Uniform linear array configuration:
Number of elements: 64
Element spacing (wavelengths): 1
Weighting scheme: kaiser
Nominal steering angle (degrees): -15
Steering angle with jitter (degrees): -14.736
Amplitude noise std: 0.05
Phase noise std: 0.05

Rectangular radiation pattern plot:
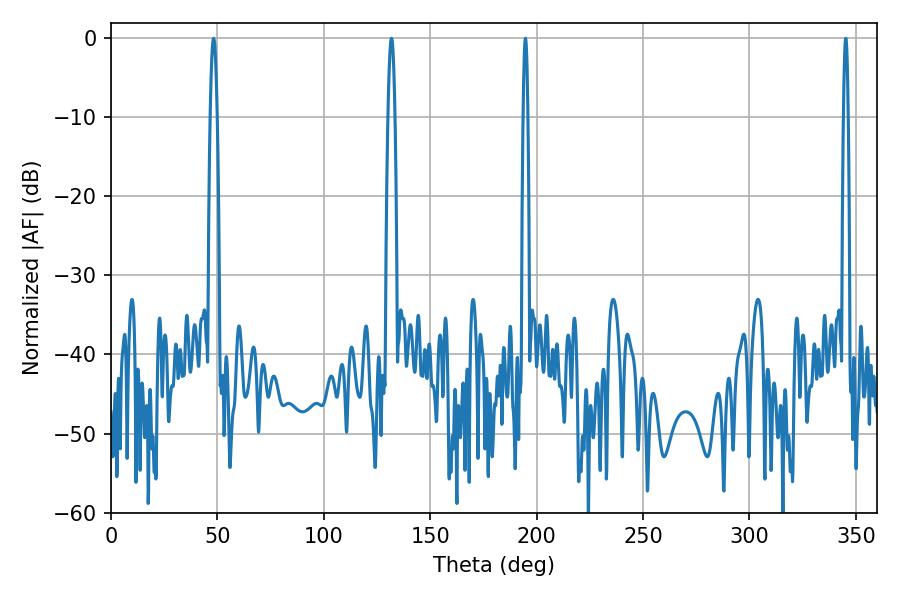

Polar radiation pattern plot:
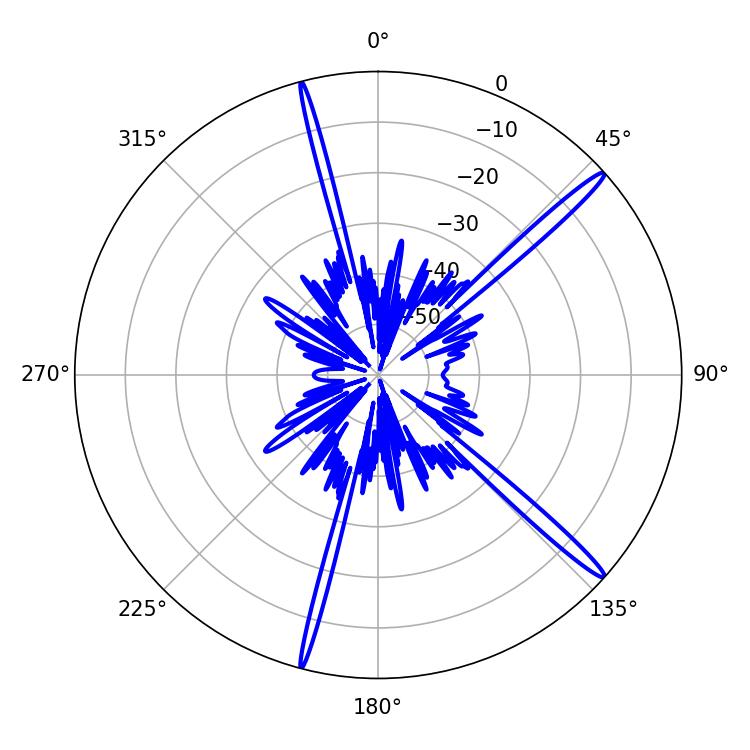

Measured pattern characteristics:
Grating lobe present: TRUE
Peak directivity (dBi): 17.02
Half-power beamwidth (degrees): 1.08
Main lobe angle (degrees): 194.76